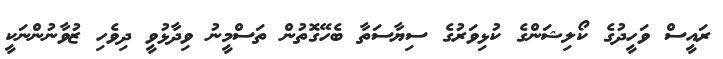
ރައީސް ވަހީދުގެ ކޯލިޝަންގެ ކުޅިވަރުގެ ސިޔާސަތާ ބެހޭގޮތުން ތަސްމީނު ވިދާޅުވީ ދިވެހި ޒުވާނުންނަކީ